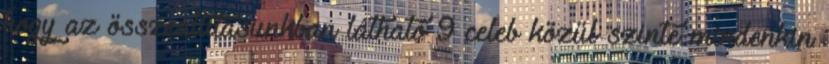
hogy az összeállításunkban látható 9 celeb közül szinte mindenkin